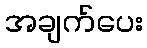
အချက်ပေး